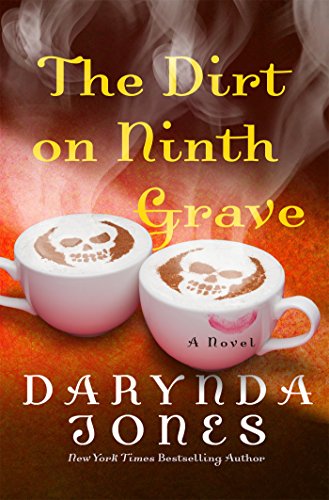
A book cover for The Dirt on Ninth Grave (Charley Davidson Series); Darynda Jones; Mystery, Thriller & Suspense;